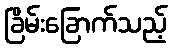
ခြိမ်းခြောက်သည့်